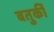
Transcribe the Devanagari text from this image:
बतुर्की